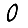
Digit: 0